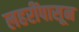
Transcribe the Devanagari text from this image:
लहरींपासून